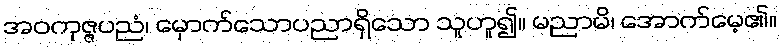
အဝကုဇ္ဇပညံ၊ မှောက်သောပညာရှိသော သူဟူ၍။ မညာမိ၊ အောက်မေ့၏။